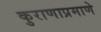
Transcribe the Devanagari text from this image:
कुराणाप्रमाणे